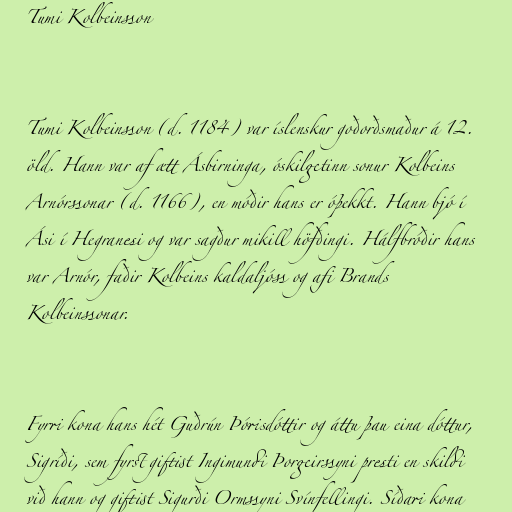
Tumi Kolbeinsson

Tumi Kolbeinsson (d. 1184) var íslenskur goðorðsmaður á 12.
öld. Hann var af ætt Ásbirninga, óskilgetinn sonur Kolbeins
Arnórssonar (d. 1166), en móðir hans er óþekkt. Hann bjó í
Ási í Hegranesi og var sagður mikill höfðingi. Hálfbróðir hans
var Arnór, faðir Kolbeins kaldaljóss og afi Brands
Kolbeinssonar.

Fyrri kona hans hét Guðrún Þórisdóttir og áttu þau eina dóttur,
Sigríði, sem fyrst giftist Ingimundi Þorgeirssyni presti en skildi
við hann og giftist Sigurði Ormssyni Svínfellingi. Síðari kona